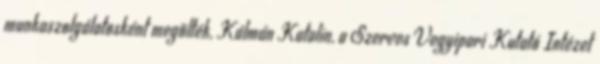
munkaszolgálatosként megölték, Kálmán Katalin, a Szerves Vegyipari Kutató Intézet